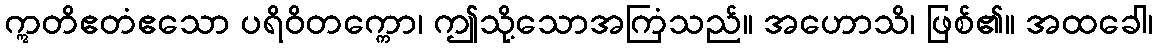
ဣတိဧတံဧသော ပရိဝိတက္ကော၊ ဤသို့သောအကြံသည်။ အဟောသိ၊ ဖြစ်၏။ အထခေါ၊